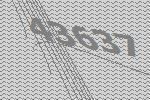
43637